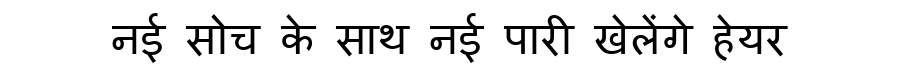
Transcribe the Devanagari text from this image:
नई सोच के साथ नई पारी खेलेंगे हेयर